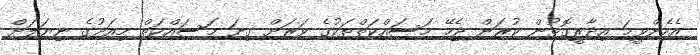
އެހެންވީމަ އިދާރީގޮތުން ކުރަން ޖެހޭ މަަސައްކަތްތަކުގެ ވަރަށް ގިނަ މަސައްކަތް މިއަދުގެ ނިޔަލަށް